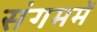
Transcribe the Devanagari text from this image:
संगममें